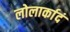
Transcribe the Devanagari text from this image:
लोलार्कादं